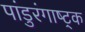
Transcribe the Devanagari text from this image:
पांडुरंगाष्ट्क